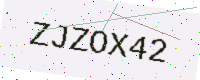
Text: ZJZOX42